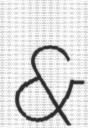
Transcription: &